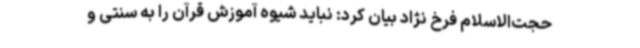
حجت‌الاسلام فرخ نژاد بیان کرد: نباید شیوه آموزش قرآن را به سنتی و